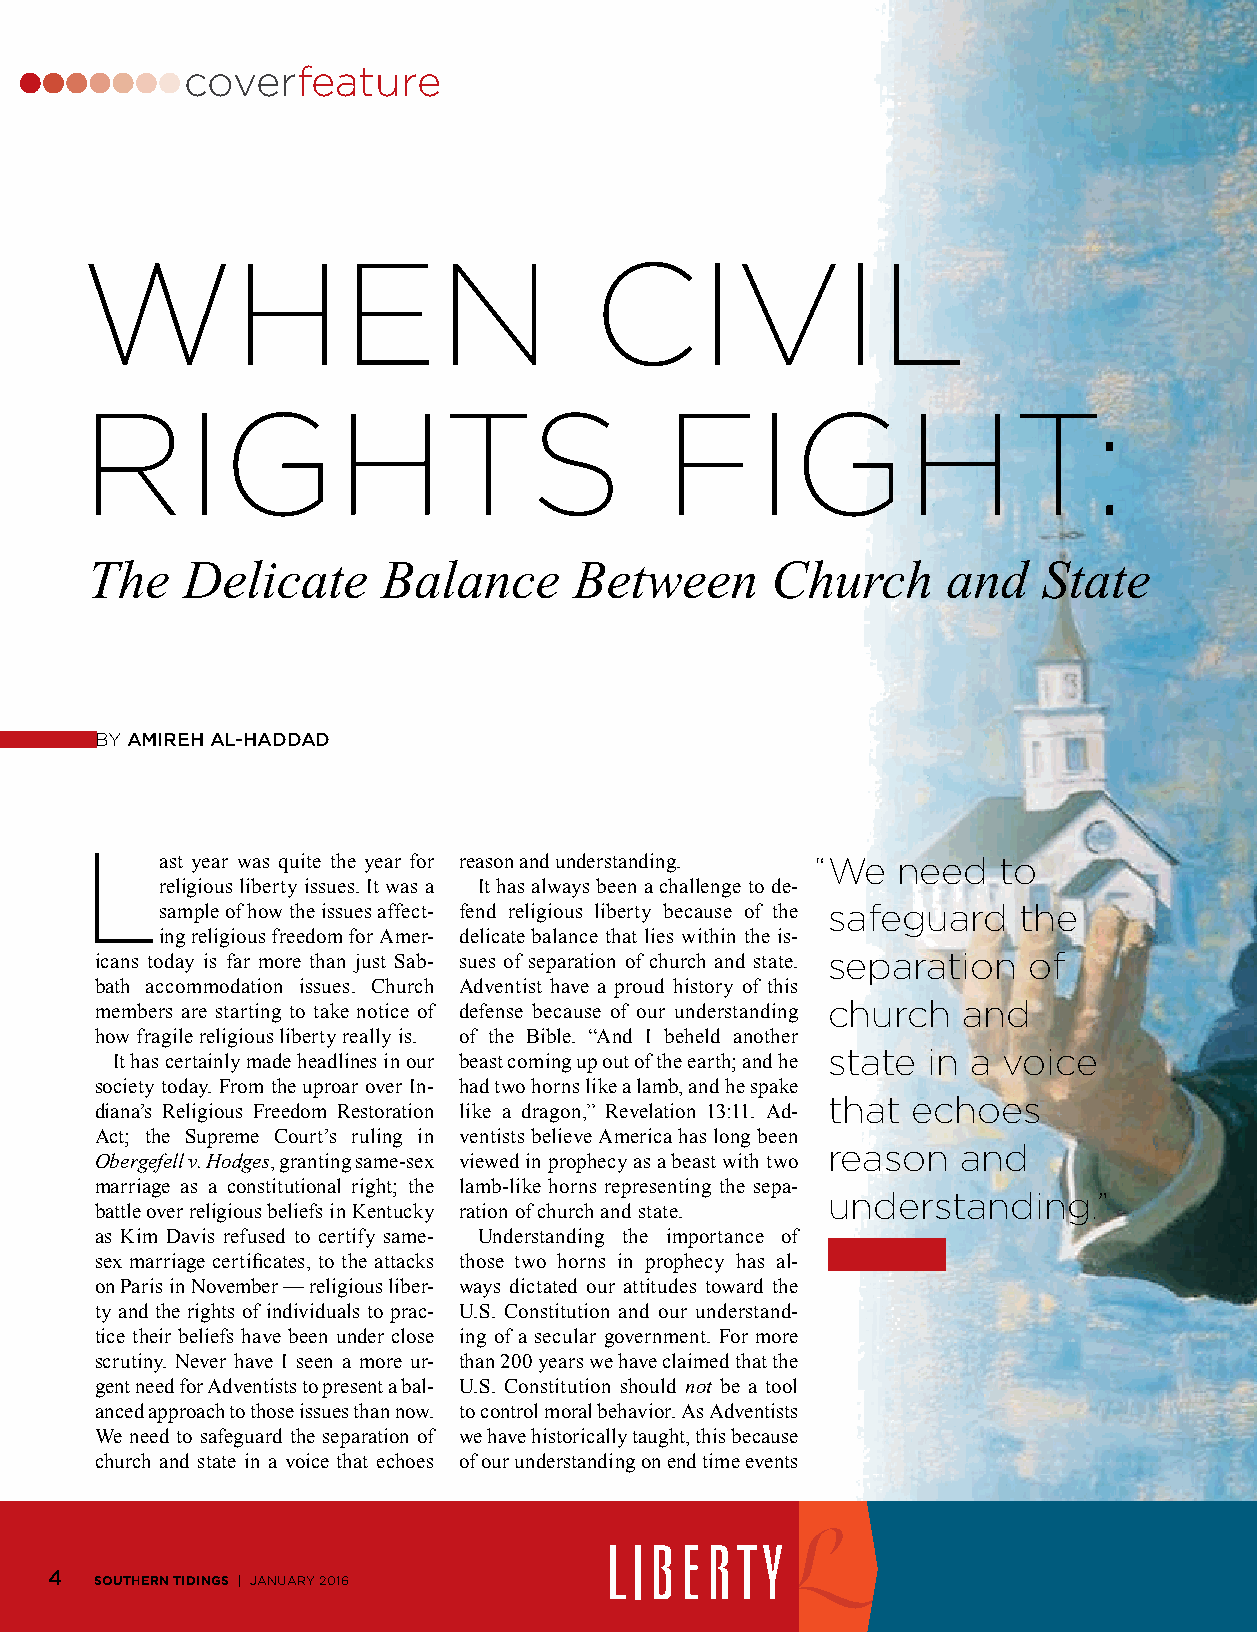
coverfeature
 When                              CiviL
 Rights                                 Fight:
 The   Delicate     Balance      Between      Church      and   State
 by Amireh Al-hAddAd
 L
 ast year was quite the year for reason and understanding. “We need to
 religious liberty issues. It was a It has always been a challenge to de-
 sample of how the issues affect- fend religious liberty because of the safeguard the
 ing religious freedom for Amer- delicate balance that lies within the is-
 icans today is far more than just Sab- sues of separation of church and state. separation of
 bath accommodation issues. Church Adventist have a proud history of this
 members are starting to take notice of defense because of our understanding church and
 how fragile religious liberty really is. of the Bible. “And I beheld another
 state in a voice
 It has certainly made headlines in our beast coming up out of the earth; and he
 society today. From the uproar over In- had two horns like a lamb, and he spake
 that echoes
 diana’s Religious Freedom Restoration like a dragon,” Revelation 13:11. Ad-
 Act; the Supreme Court’s ruling in ventists believe America has long been
 reason  and
 Obergefell v. Hodges, granting same-sex viewed in prophecy as a beast with two
 marriage as a constitutional right; the lamb-like horns representing the sepa-
 understanding.”
 battle over religious beliefs in Kentucky ration of church and state.
 as Kim Davis refused to certify same- Understanding the importance of
 sex marriage certificates, to the attacks those two horns in prophecy has al-
 on Paris in November — religious liber- ways dictated our attitudes toward the
 ty and the rights of individuals to prac- U.S. Constitution and our understand-
 tice their beliefs have been under close ing of a secular government. For more
 scrutiny. Never have I seen a more ur- than 200 years we have claimed that the
 gent need for Adventists to present a bal- U.S. Constitution should not be a tool
 anced approach to those issues than now. to control moral behavior. As Adventists
 We need to safeguard the separation of we have historically taught, this because
 church and state in a voice that echoes of our understanding on end time events
 4  SOUTHERN TIDINGS | January 2016